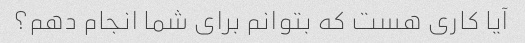
آیا کاری هست که بتوانم برای شما انجام دهم؟